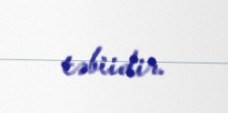
təbiidir.